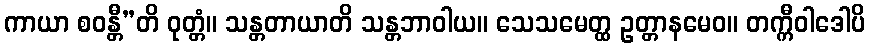
ကာယာ စဝန္တီ”တိ ဝုတ္တံ။ သန္တတာယာတိ သန္တဘာဝါယ။ သေသမေတ္ထ ဥတ္တာနမေဝ။ တက္ကီဝါဒေါပိ